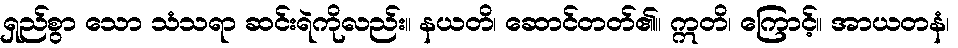
ရှည်စွာ သော သံသရာ ဆင်းရဲကိုလည်း။ နယတိ၊ ဆောင်တတ်၏။ ဣတိ၊ ကြောင့်။ အာယတနံ၊